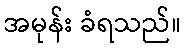
အမုန်း ခံရသည်။